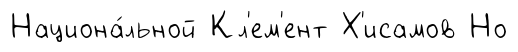
Национа́льной Кл'ем'ент Х'исамов Но